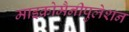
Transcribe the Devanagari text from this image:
माइक्रोमैनीपुलेशन